Annual report on the health of the army in India
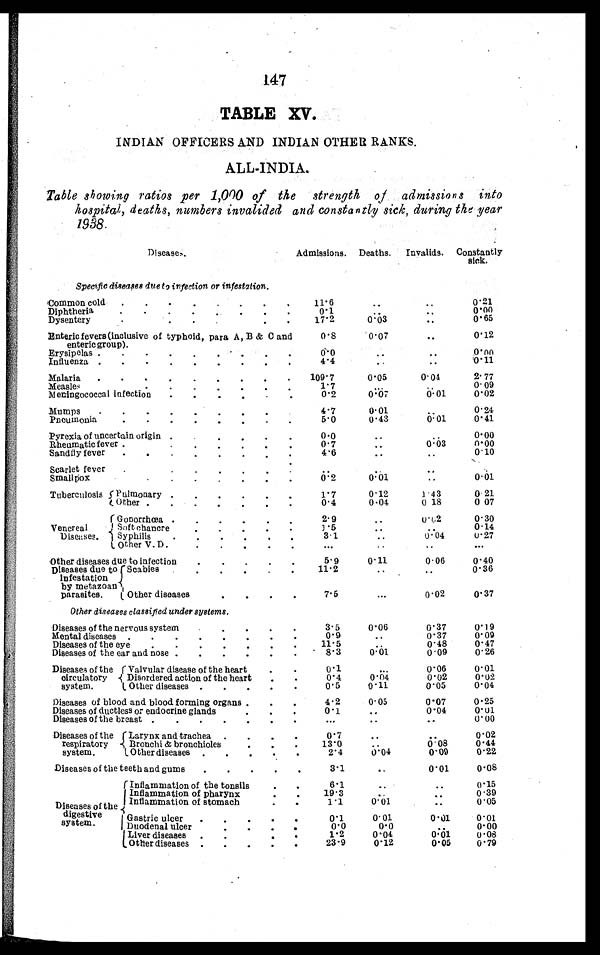
147
TABLE XV.
INDIAN OFFICERS AND INDIAN OTHER RANKS.
ALL-INDIA.
Table showing ratios per 1,000 of the strength of admissions into
hospital, deaths, numbers invalided and constantly sick, during the-year
1938.
Diseases.
Admissions. Deaths.
Invalids. Constantly
sick.
Specific diseases due to infection or infestation.
Common cold. . .
11.6
. . .
. . . 0.21
Diphtheria
. . .
0.1
. . .
. . . 0.00
Dysentery. . .
17.2
0.0
. . . 0.65
Enteric fevers (inclusive of typhoid, para A, B & C and
enteric group).
0.8
0.07
..
0.12
Erysipelas . . .
0.0
. . .
. . . 0 . 0 0
Influenza . . .
4.4
. . .
. . .0.11
Malaria
. . .
109.7
0.05
0.04
2.77
Measles
. . .
1.7
. . .
. . . 0.09
Meningococcal infection . . .
0.2
0.07
0.01
0.02
Mumps
. . .
4.7
0.01
. . . 0.24
Pneumonia. . .
5.0
0.43
0.01
0.41
Pyrexia of uncertain origin . . .
0.0
. . .
. . .
0.00
Rheumatic fever . . .
0.7
. . .
0 . 0 3
0 . 0 0
Sandfly fever
. . .
4 . 6
. . .
. . . . 0.10
S a c •
arlet fever. . .
. . .
. . .
. . .
Smallpox
. . .
0.2
0.01 . . .
0.01
Tuberculosis Pulmonary
. . .
1.7
0.12
1.43
0. 21
Other
. . .
0.4
0.04
0. 18
0.07
Venereal
Diseases.
Gonorrhœa
. . .
2.9
. . .
0 . 0 2
0.30
Soft chancre
. . .
1 . 5
. . .
. . . 0.14
Syphilis
. . .
3.1
. . .
0 .
0 4
0.27
O t h e r V . D . . .
. . .
. . .
. . .
. . .
Other diseases due to infection
. . .
5.9
0.11
0.06
0.40
Diseases due of
infestation
by metazoan
parasites.
Scabies
. . .
11. 2
. . .
. . . 0.36
O t h e r d i s e a s e s . . .
7.5
...
0.02
0•37
Other diseases classified under systems.
Diseases of the nervous system
. . .
3.5
0.06
0.37
0. 19
Mental diseases
. . .
0.9
. . .
0.37
0.09
Diseases of the eye. . .
11.5
. . .
0.48
0.47
Diseases of the ear and nose
. . .
8.3
0.01
0.09
0.26
Diseases of the
circulatory
system.
Valvular disease of the heart. . .
0.1
...
0.06
0.01
Disordered action of the heart. . .
0.4
0.04
0 . 0 2 0.02
Other diseases
. . .
0 . 5
0 . 1 1
0 . 0 5 0.04
Diseases of blood and blood forming organs . . .
4.2
0.05
0.07
0.25
Diseases of ductless or endocrine glands. . .
0 . 1
. . .
0.04
0.01
Diseases of the breast . .
.
.
. . .
. . .
. . . 0.00
Diseases of the
respiratory
system.
Larynx and trachea. . .
0.7
. . .
. . . 0.02
Bronchi & bronchioles
•. . .
13.0
. . .
0.08
0.44
Other diseases
. . .
2.4
0.04
0.09
0.22
Diseases of the teeth and gums
. . .
3 . 1
. . .
0.01
0.08
Diseases the
of
digestive
system.
Inflammation of the tonsils
6 . 1
. . .
. . .
0.15
Inflammation of pharynx. . .
19.3
. . .
. . .
0.39
Inflammation of stomach. . .
1.1
0..01
. . .
0.05
Gastric ulcer
. . .
0.1
0.01
0.01
0.01
Duodenal ulcer
. . .
0.0
0.0
. . .
0..00
Liver diseases
. . .
1 . 2
0.04
0.01
0.08
Other diseases. . .
23.9
0.12
0.05
0.79